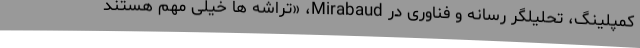
كمپلینگ، تحلیلگر رسانه و فناوری در Mirabaud، «تراشه ها خیلی مهم هستند